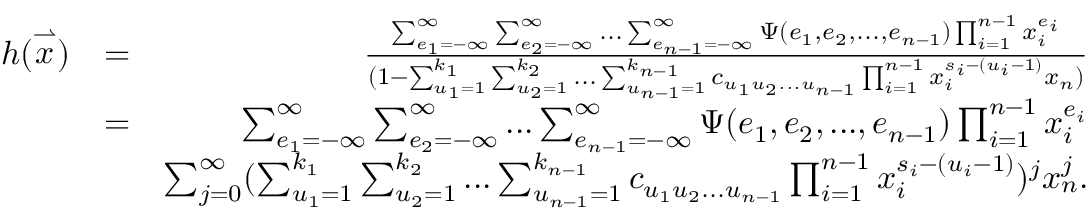
\begin{array} { r l r } { h ( \stackrel { \rightharpoonup } { x } ) } & { = } & { \frac { \sum _ { e _ { 1 } = - \infty } ^ { \infty } \sum _ { e _ { 2 } = - \infty } ^ { \infty } . . . \sum _ { e _ { n - 1 } = - \infty } ^ { \infty } \Psi ( e _ { 1 } , e _ { 2 } , . . . , e _ { n - 1 } ) \prod _ { i = 1 } ^ { n - 1 } x _ { i } ^ { e _ { i } } } { ( 1 - \sum _ { u _ { 1 } = 1 } ^ { k _ { 1 } } \sum _ { u _ { 2 } = 1 } ^ { k _ { 2 } } . . . \sum _ { u _ { n - 1 } = 1 } ^ { k _ { n - 1 } } c _ { u _ { 1 } u _ { 2 } . . . u _ { n - 1 } } \prod _ { i = 1 } ^ { n - 1 } x _ { i } ^ { s _ { i } - ( u _ { i } - 1 ) } x _ { n } ) } } \\ & { = } & { \sum _ { e _ { 1 } = - \infty } ^ { \infty } \sum _ { e _ { 2 } = - \infty } ^ { \infty } . . . \sum _ { e _ { n - 1 } = - \infty } ^ { \infty } \Psi ( e _ { 1 } , e _ { 2 } , . . . , e _ { n - 1 } ) \prod _ { i = 1 } ^ { n - 1 } x _ { i } ^ { e _ { i } } } \\ & { } & { \sum _ { j = 0 } ^ { \infty } ( \sum _ { u _ { 1 } = 1 } ^ { k _ { 1 } } \sum _ { u _ { 2 } = 1 } ^ { k _ { 2 } } . . . \sum _ { u _ { n - 1 } = 1 } ^ { k _ { n - 1 } } c _ { u _ { 1 } u _ { 2 } . . . u _ { n - 1 } } \prod _ { i = 1 } ^ { n - 1 } x _ { i } ^ { s _ { i } - ( u _ { i } - 1 ) } ) ^ { j } x _ { n } ^ { j } . } \end{array}